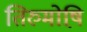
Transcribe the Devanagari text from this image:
तिरुमोष़ि